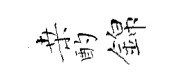
桒酌錦